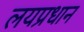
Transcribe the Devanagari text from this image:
लयप्रधान